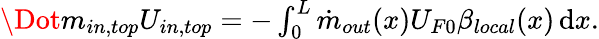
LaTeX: \begin{array}{r}{\Dot{m}_{in,top}U_{in,top}=-\int_{0}^{L}\dot{m}_{out}(x)U_{F0}\beta_{local}(x)\, \mathrm{d}x.}\end{array}